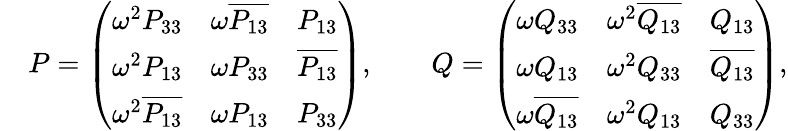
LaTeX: \begin{array}{rl}&{P=\left(\begin{array}{lll}{\omega^{2}P_{33}}&{\omega\overline{{P_{13}}}}&{P_{13}}\\ {\omega^{2}P_{13}}&{\omega P_{33}}&{\overline{{P_{13}}}}\\ {\omega^{2}\overline{{P_{13}}}}&{\omega P_{13}}&{P_{33}}\end{array}\right),\qquad Q=\left(\begin{array}{lll}{\omega Q_{33}}&{\omega^{2}\overline{{Q_{13}}}}&{Q_{13}}\\ {\omega Q_{13}}&{\omega^{2}Q_{33}}&{\overline{{Q_{13}}}}\\ {\omega\overline{{Q_{13}}}}&{\omega^{2}Q_{13}}&{Q_{33}}\end{array}\right),}\end{array}